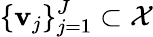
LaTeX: \{ \mathbf{v}_{j}\} _{j=1}^{J}\subset\mathcal{X}